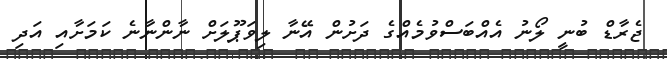
ޖެރާޑް ބުނީ ލޯނު އެއްބަސްވުމެއްގެ ދަށުން އޭނާ ލިވަޕޫލަށް ނާންނާނެ ކަމަށާއި އަދި